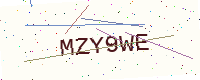
Text: MZY9WE